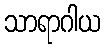
သာရာဂါယ